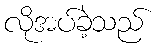
လိုအပ်ခဲ့သည်